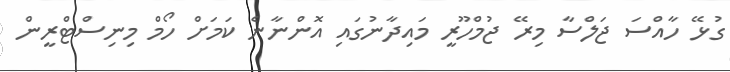
ގުޅޭ ހާއްސަ ޖަލްސާ މިރޭ ޖުމްހޫރީ މައިދާނުގައި އޮންނާނެ ކަމަށް ހޯމް މިނިސްޓްރީން